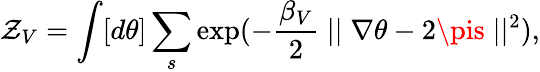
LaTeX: \mathcal{Z}_{V}=\int[d\theta]\sum_{s}\exp(-\frac{{{\beta}_{V}}}{{2}}\mid\mid\nabla\theta-2\pis\mid\mid^{2}),